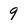
Character: 9